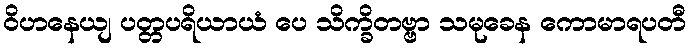
ဝိဟနေယျ ပတ္တပရိယာယံ ပေ သိက္ခိတဗ္ဗာ သမုခေန ကောမာရပတီ